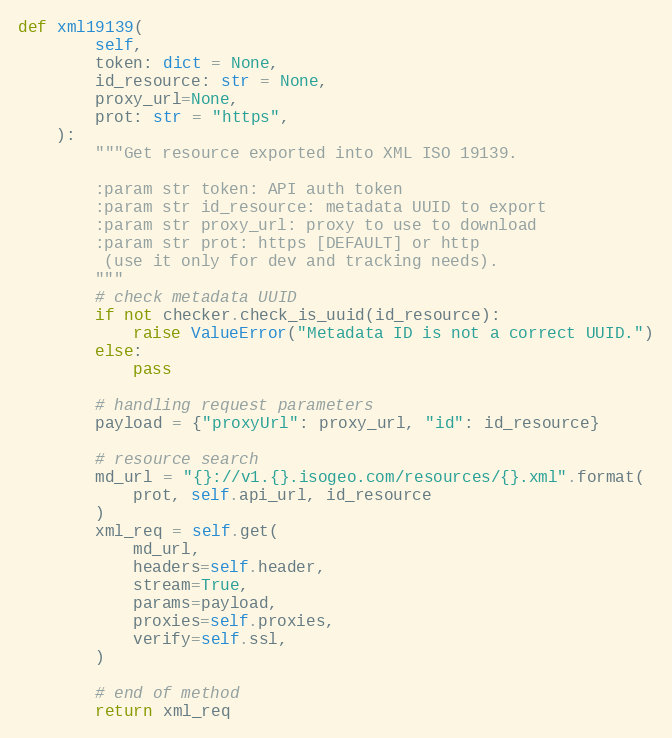
Language: Python
def xml19139(
        self,
        token: dict = None,
        id_resource: str = None,
        proxy_url=None,
        prot: str = "https",
    ):
        """Get resource exported into XML ISO 19139.

        :param str token: API auth token
        :param str id_resource: metadata UUID to export
        :param str proxy_url: proxy to use to download
        :param str prot: https [DEFAULT] or http
         (use it only for dev and tracking needs).
        """
        # check metadata UUID
        if not checker.check_is_uuid(id_resource):
            raise ValueError("Metadata ID is not a correct UUID.")
        else:
            pass

        # handling request parameters
        payload = {"proxyUrl": proxy_url, "id": id_resource}

        # resource search
        md_url = "{}://v1.{}.isogeo.com/resources/{}.xml".format(
            prot, self.api_url, id_resource
        )
        xml_req = self.get(
            md_url,
            headers=self.header,
            stream=True,
            params=payload,
            proxies=self.proxies,
            verify=self.ssl,
        )

        # end of method
        return xml_req